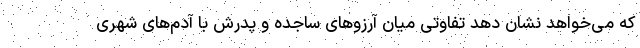
که می‌خواهد نشان دهد تفاوتی میان آرزوهای ساجده و پدرش با آدم‌های شهری